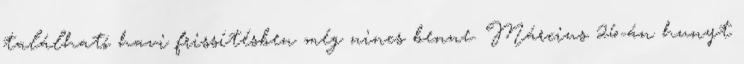
található havi frissítésben még nincs benne. Március 26-án hunyt